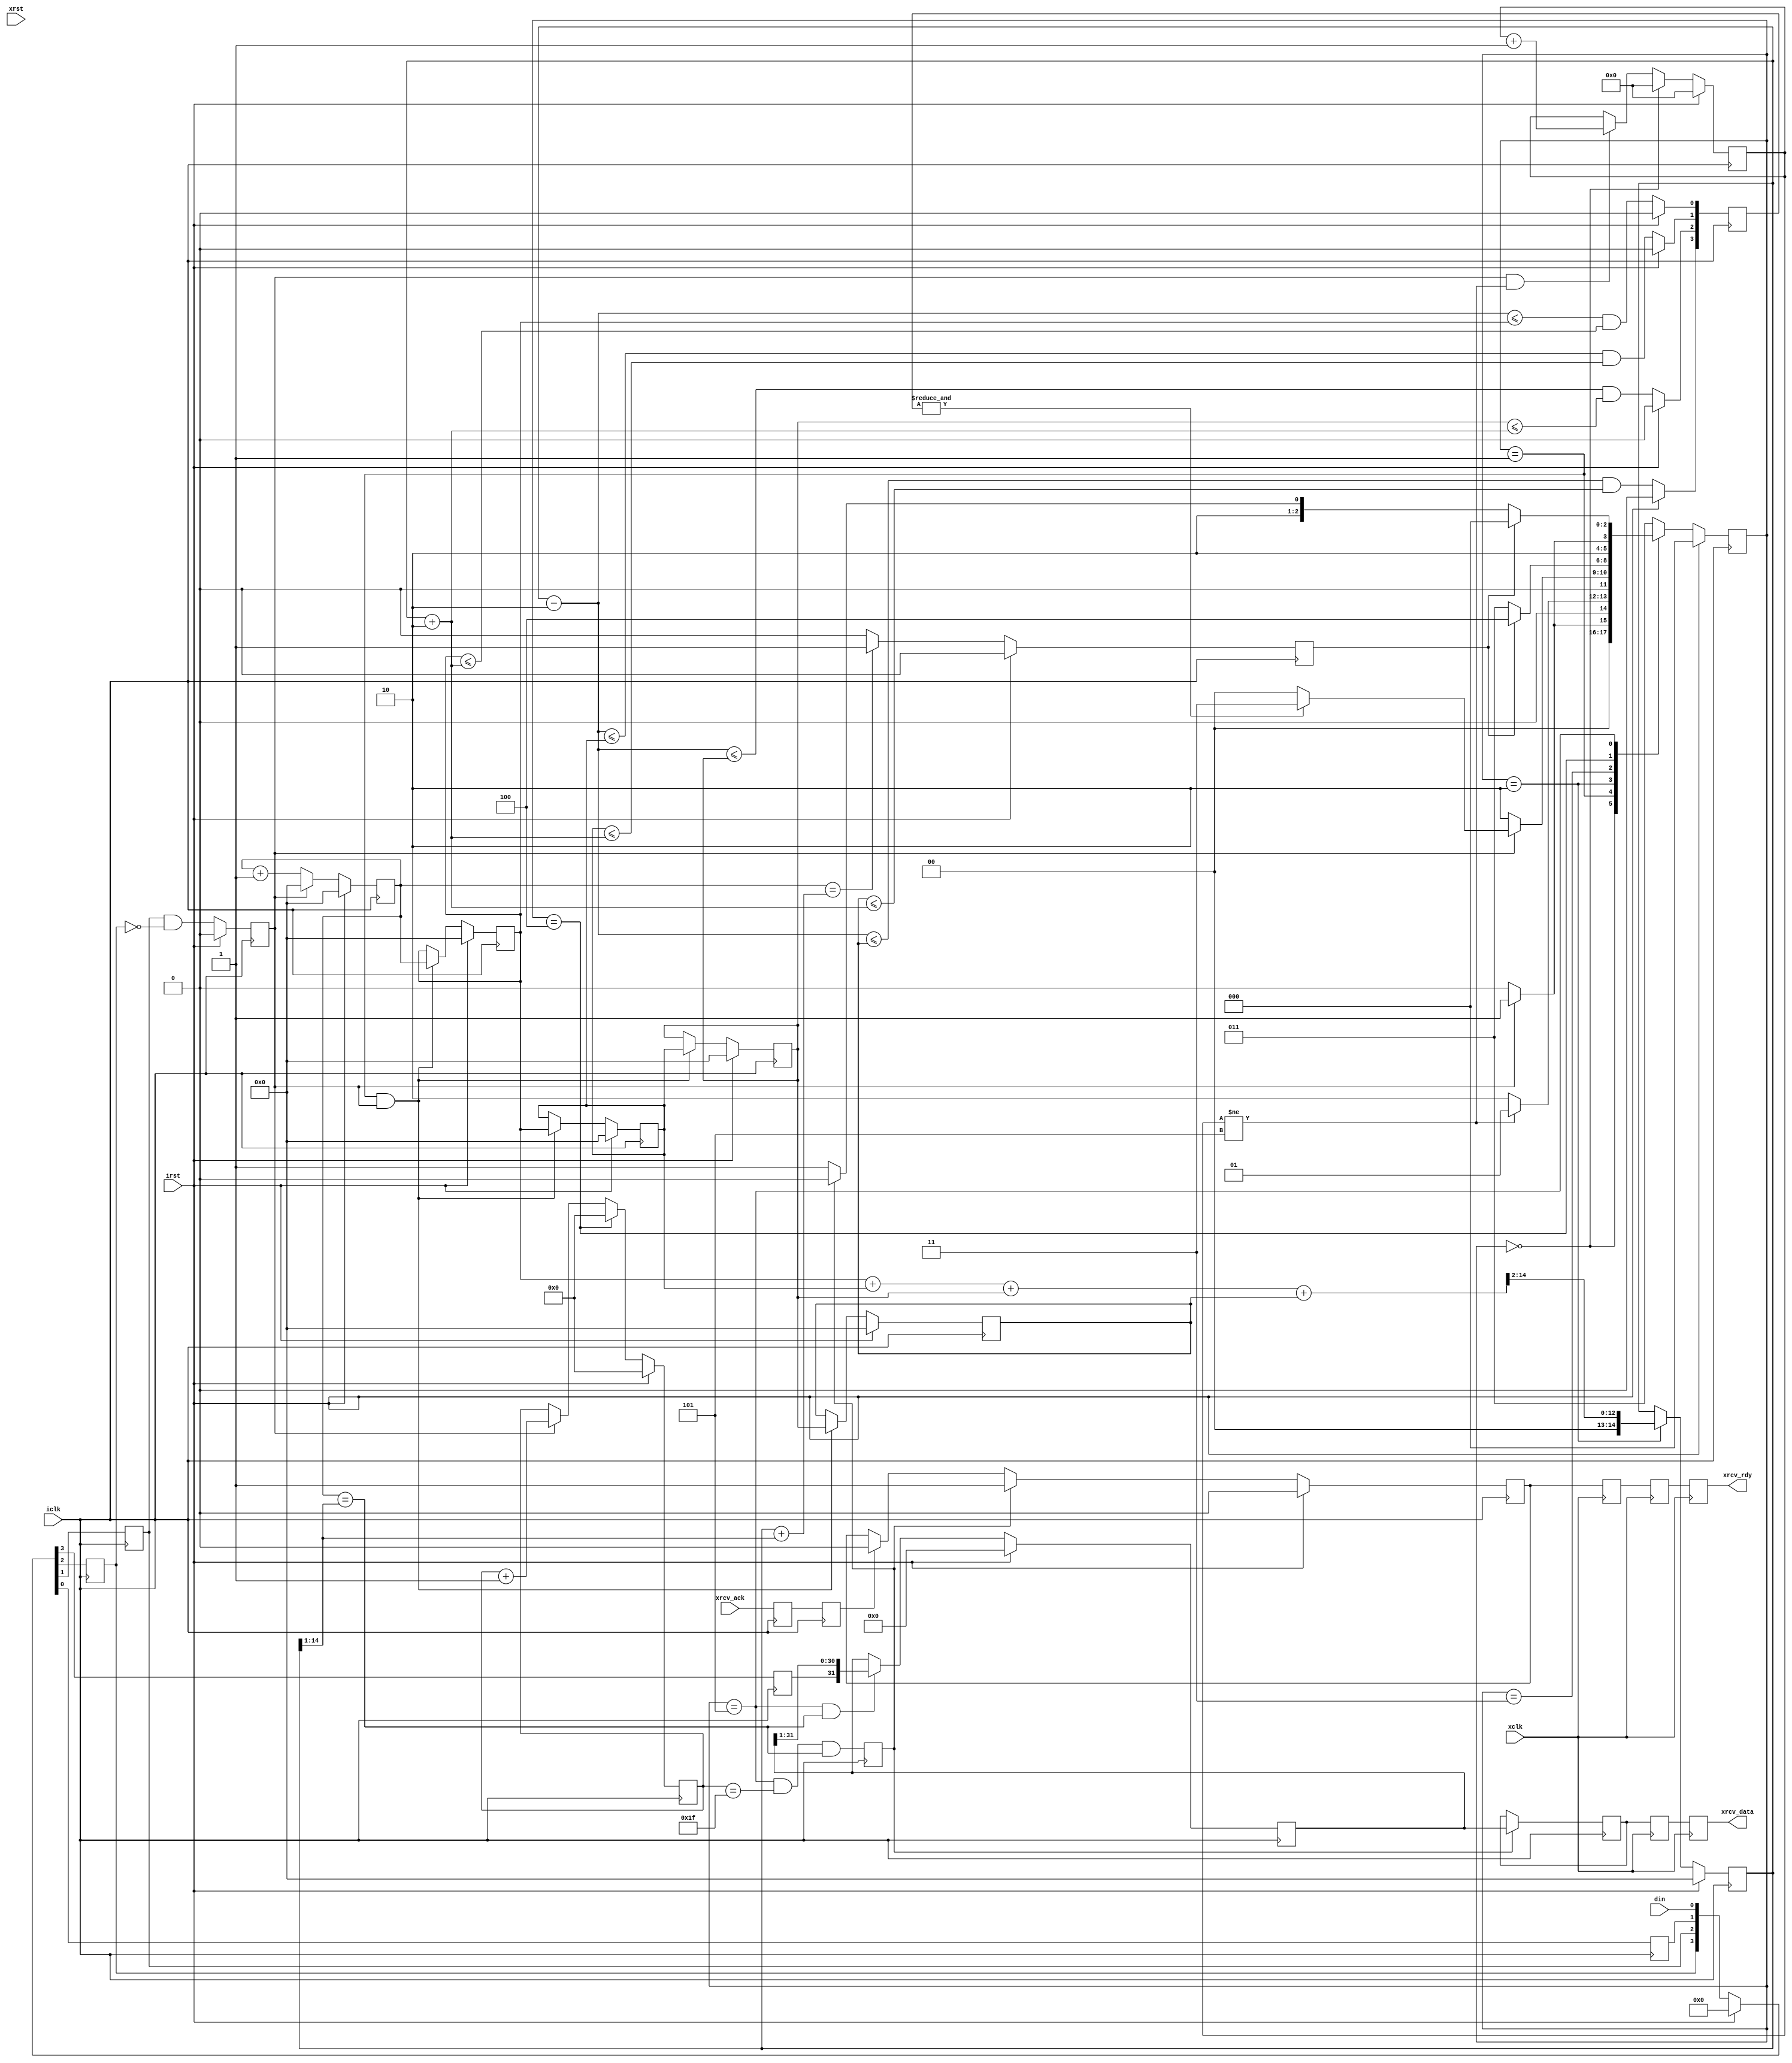
//
//  HPSDR - High Performance Software Defined Radio
//
//  Metis code. 
//
//  This program is free software; you can redistribute it and/or modify
//  it under the terms of the GNU General Public License as published by
//  the Free Software Foundation; either version 2 of the License, or
//  (at your option) any later version.
//
//  This program is distributed in the hope that it will be useful,
//  but WITHOUT ANY WARRANTY; without even the implied warranty of
//  MERCHANTABILITY or FITNESS FOR A PARTICULAR PURPOSE.  See the
//  GNU General Public License for more details.
//
//  You should have received a copy of the GNU General Public License
//  along with this program; if not, write to the Free Software
//  Foundation, Inc., 59 Temple Place, Suite 330, Boston, MA  02111-1307  USA



//  NWire_rcv - copyright 2010, 2011 Kirk Weedman KD7IRS



/*
 Simple NWire data transfers

 Kirk Weedman

 Mar. 5, 2009

 Concept:
   Transfer data across N wires between FPGAs using a sync or data ready signal to start transfers

 Method:
    DLY_TIME: time that NWire_xmit holds signal low after reset occurs
    DATA_BITS: Number of "logic 0" or "logic 1" bits occuring after DLY_TIME
    TB: Amount of time it takes to transmit a "logic 0" or logic 1"

    After reset, the DOUT signal is held low for DLY_TIME, followed by DATA_BITS and then a low for 3*TB.
    The low for 3*TB is used by the receiver to syncnronize itself to the dataa stream

                +---+           +
    DATA_BIT ---+   +---+---+---+  "logic 0"
                |<----- TB ---->|

                +---+---+---+   +
             ---+           +---+  "logic 1"

                           +-----------------------+                +---
  DIN  --------------------+-----------------------+----------------+---
       |<---- DLY_TIME---->|<---- DATA_BITS*TB --->|<---- 3*TB ---->|
                           |<----------- 1/SEND_FREQ -------------->|



        ---------------+-----------------------------------------------------------
xrcv_data -------------+-----------------------------------------------------------

                       +--------------------------+
xrcv_rdy --------------+                          +--------------------------------

                                               +------+
xrcv_ack --------------------------------------+      +----------------------------

Note:  The receiver has new data ready when rcv_rdy goes high
       xmit_ack should be asserted while rcv_rdy = 1
       xmit_ack should be deasserted once rcv_rdy goes low or immediately after getting new data
*/

`timescale 1ns/100ps

module NWire_rcv (irst, iclk, xrst, xclk, xrcv_data, xrcv_rdy, xrcv_ack, din);

parameter DATA_BITS    = 32;            // Number of data bits (logic 0 or 1) to transmit: must be > 5
parameter SLOWEST_FREQ = 10000;
parameter ICLK_FREQ    = 144000000;
parameter XCLK_FREQ    = 48000000;
parameter TPD          = 1;

localparam DC          = clogb2(DATA_BITS-1);
localparam DB          = clogb2(DATA_BITS);
localparam DLY_TIME    = ICLK_FREQ/SLOWEST_FREQ;
localparam DS          = clogb2(DLY_TIME-1);

input  wire                 irst;       // reset signal
input  wire                 iclk;       // high speed sampling clock
input  wire                 xrst;       // reset signal
input  wire                 xclk;       // high speed sampling clock
output wire [DATA_BITS-1:0] xrcv_data;  // recieve data
output wire                 xrcv_rdy;   // receive data is ready
input  wire                 xrcv_ack;   // used to clear xrcv_rdy
input  wire                 din;        // Nwire interface serial data input

// local registers
reg          [DS:0] tb_cnt;
reg          [DS:0] tb_width;
wire         [DS:0] Q12;
reg        [DB-1:0] DBrise_cnt;

reg [DATA_BITS-1:0] rdata;
reg        [DC-1:0] data_cnt;

reg                 d3, d2, d1, d0;
reg                 DBrise;
reg           [2:0] TB_state;
reg           [2:0] TB_state_next;
reg          [DS:0] DB_LEN [0:3]; // SYNC_BIT TB time recording
reg                 rcv_flag;
reg                 resync;
reg           [3:0] pass;
wire         [DS:0] tb_min, tb_max;
reg [DATA_BITS-1:0] idata;  // recieve data
reg                 irdy;
wire                iack;

localparam TB_IDLE   = 0,
           TB_DB     = 1,
           TB_CALC   = 2,
           TB_SYNC   = 3,
           TB_NEXT   = 4,
           TB_BIT    = 5;

assign Q12 = (tb_width >> 1); // TB/2
assign tb_min = tb_width - 3'd2;
assign tb_max = tb_width + 3'd2;

generate
if (ICLK_FREQ == XCLK_FREQ)
begin: SAME_CLK
  assign xrcv_data = idata;
  assign xrcv_rdy  = irdy;
  assign iack      = xrcv_ack;
end
else // ICLK_FREQ != XCLK_FREQ
begin: DIFF_CLK
  reg [DATA_BITS-1:0] xd1, xd0;
  reg xr2, xr1, xr0;
  reg ia1, ia0;

  assign xrcv_data = xd1;
  assign xrcv_rdy  = xr2;
  assign iack      = ia1;

  always @(posedge xclk) 
  begin
    {xd1, xd0} <= #TPD {xd0, idata};
    {xr2, xr1, xr0} <= #TPD {xr1, xr0, irdy};
  end

  always @(posedge iclk) 
  begin
    {ia1, ia0} <= #TPD {ia0, xrcv_ack};
  end
end
endgenerate


integer k;
always @(posedge iclk)
begin
  if (irst)
    DBrise_cnt <= #TPD 1'b0;
  else if (TB_state == TB_IDLE)
    DBrise_cnt <= #TPD 1'b0;
  else if (DBrise && (DBrise_cnt != 5))
    DBrise_cnt <= #TPD DBrise_cnt + 1'b1; // count number of DBrise during TB_SYNC state
 
  if (irst)
    {d3, d2, d1, d0} <= #TPD 4'b0000;
  else
    {d3, d2, d1, d0} <= #TPD {d2, d1, d0, din};

  if (irst)
    DBrise <= #TPD 1'b0;
  else
    DBrise <= #TPD d1 & !d2; // rising edge of DATA_BIT or SYNC_BIT

  if (irst)
    tb_cnt <= #TPD 1'b0;
  else if (DBrise)
    tb_cnt <= #TPD 1'b0;
  else if (tb_cnt != -1)
    tb_cnt <= #TPD tb_cnt + 1'b1;

  if (irst)
    tb_width <= #TPD 0;
  else if (TB_state == TB_CALC)
    tb_width <= #TPD (DB_LEN[0]+DB_LEN[1]+DB_LEN[2]+DB_LEN[3]) >> 2; // new average of last 4 DATA_BIT timings
// Note: when using a highspeed clock, these 4 adds may take more than 1 clock period
//       resulting in timing analysis failure.  However, in this case, all the DB_LEN[] values
//       have been stable for TB time (many clocks) before getting this TB_CALC state.
//       Therefore the way to cure the problem is to declare the DB_LEN[] to tb_width path
//       as a Multicycle path in the Assignment editor.  4 clocks should be plenty

  for (k = 0; k < 4; k = k + 1)
  begin
    if (irst)
      pass[k] <= #TPD 1'b0;
    else
      pass[k] <= (tb_min <= DB_LEN[k]) && (DB_LEN[k] <= tb_max);
  end

  if (irst)
    {DB_LEN[3], DB_LEN[2], DB_LEN[1], DB_LEN[0]} <= #TPD {{DS{1'b0}}, {DS{1'b0}}, {DS{1'b0}}, {DS{1'b0}}};
  else if ((TB_state == TB_DB) && DBrise)
    {DB_LEN[3], DB_LEN[2], DB_LEN[1], DB_LEN[0]} <= #TPD {DB_LEN[2], DB_LEN[1], DB_LEN[0], tb_cnt};

  if (irst)
    TB_state <= #TPD TB_IDLE;
  else
    TB_state <= #TPD TB_state_next;

  if (irst)
    rdata <= #TPD 1'b0;
  else if ((TB_state == TB_BIT) && (tb_cnt == Q12))
    rdata <= #TPD {d3,rdata[DATA_BITS-1:1]};


  rcv_flag <= #TPD ((TB_state == TB_BIT) && (data_cnt == (DATA_BITS-1)) && (tb_cnt == Q12));

  if (rcv_flag)
    idata <= #TPD rdata;

  if (irst)
    irdy <= #TPD 1'b0;
  else if (rcv_flag)
    irdy <= #TPD 1'b1;
  else if (iack)
    irdy <= #TPD 1'b0;

  if (irst)
    data_cnt <= #TPD 1'b0;
  else if (TB_state == TB_NEXT)
    data_cnt <= #TPD 1'b0;
  else if (DBrise)
    data_cnt <= #TPD data_cnt + 1'b1;

  if (irst)
    resync <= #TPD 1'b0;
  else if (tb_cnt == (tb_width + Q12))
    resync <= #TPD 1'b1; // bit width is too big for this bit. Maybe transmitter got reset or turned off
  else
    resync <= #TPD 1'b0;
end

always @*
begin
   case(TB_state)
     TB_IDLE:
     begin
       if (DBrise)
         TB_state_next = TB_DB;
       else
         TB_state_next = TB_IDLE;  // wait for a DBrise to occur
     end

     TB_DB:  // now wait for 4 more DBrise signals
     begin
       if (DBrise_cnt != 5)
         TB_state_next = TB_DB;
       else
         TB_state_next = TB_CALC;  // wait for 4 more DBrise's to occur so DB_LEN has filled with data
     end

     TB_CALC:
     begin
       if (!DBrise)
         TB_state_next = TB_CALC; // wait till next DBrise before checking "pass"
       else if (&pass)
         TB_state_next = TB_SYNC; // we have a valid TB timing, now go find end of serial stream
       else
         TB_state_next = TB_IDLE; // try getting 5 more DBrise signals and recalculate
     end

     TB_SYNC:  // now wait for resync (should be at least a period of 3*TB where no DBrise occurs)
     begin
       if (resync)
         TB_state_next = TB_NEXT; 
       else
         TB_state_next = TB_SYNC;  // continue getting SYNC_BITs
     end

     TB_NEXT:
     begin
       if (DBrise)
         TB_state_next = TB_BIT;
      else
         TB_state_next = TB_NEXT;   // stay here until 1st DBrise of data input stream
     end

     TB_BIT:
     begin
       if (resync)
         TB_state_next = TB_IDLE; // oops.  bit width got too big.  Maybe transmitter got turned off or reset
       else if (rcv_flag) // normally we just wait for rcv_flag to end this state.
         TB_state_next = TB_NEXT;  // this stream of DATA_BITs has finished
       else
         TB_state_next = TB_BIT;
     end

     default:
     begin
       TB_state_next = TB_SYNC;
     end
   endcase
end


function integer clogb2;
input [31:0] depth;
begin
  for(clogb2=0; depth>0; clogb2=clogb2+1)
  depth = depth >> 1;
end
endfunction

endmodule